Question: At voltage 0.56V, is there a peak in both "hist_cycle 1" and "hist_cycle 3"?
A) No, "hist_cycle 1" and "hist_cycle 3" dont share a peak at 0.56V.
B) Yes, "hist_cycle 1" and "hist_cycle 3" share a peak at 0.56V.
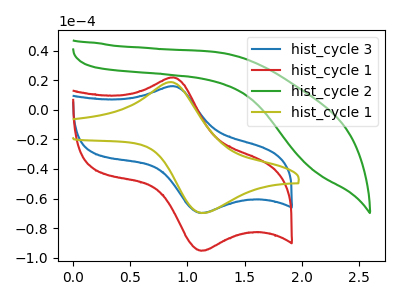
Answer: <think>The blue curve "hist_cycle 3" has an anodic peak at (0.85V, 16.10uA) and a cathodic peak at (1.10V, -69.80uA). The red curve "hist_cycle 1" has an anodic peak at (0.85V, 22.00uA) and a cathodic peak at (1.10V, -95.35uA). The green curve "hist_cycle 2" has no peaks. The olive curve "hist_cycle 1" has an anodic peak at (0.85V, 18.80uA) and a cathodic peak at (1.15V, -69.80uA).</think>
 <answer>A) No, "hist_cycle 1" and "hist_cycle 3" dont share a peak at 0.56V.</answer>
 <eval>A</eval>